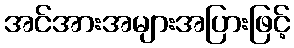
အင်အားအများအပြားဖြင့်